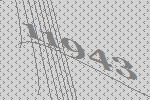
11943